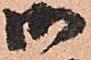
御